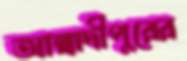
আল্লাদীপুরের